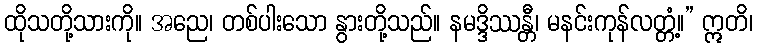
ထိုသတို့သားကို။ အညေ၊ တစ်ပါးသော နွားတို့သည်။ နမဒ္ဒိဿန္တီ၊ မနင်းကုန်လတ္တံ့။” ဣတိ၊